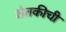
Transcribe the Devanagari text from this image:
शेतकीची